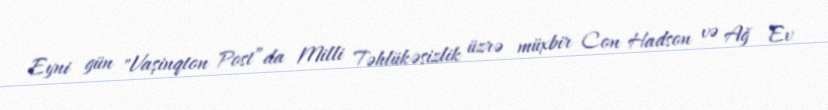
Eyni gün "Vaşinqton Post”da Milli Təhlükəsizlik üzrə müxbir Con Hadson və Ağ Ev